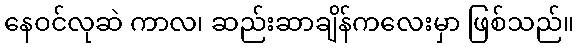
နေဝင်လုဆဲ ကာလ၊ ဆည်းဆာချိန်ကလေးမှာ ဖြစ်သည်။